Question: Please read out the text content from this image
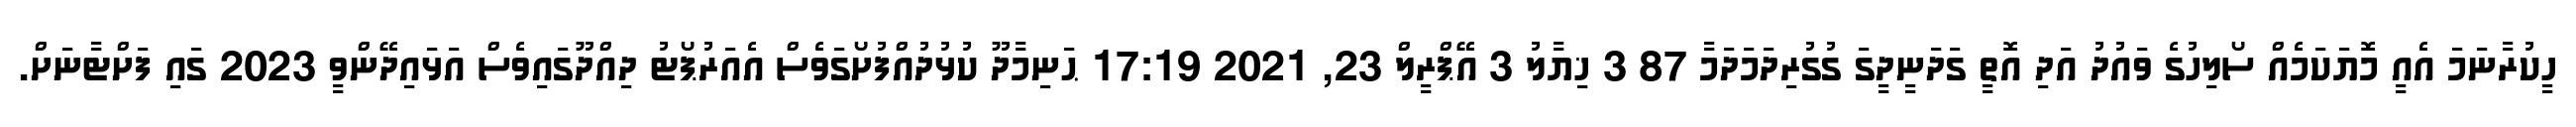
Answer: ހީކުރާނަމަ އެއީ މޮޔަކަމެއް ސޯލިހުގެ ވައުދު އަދި އޮތީ ގަދަނީދީގަ ގުގުރިދަމަދަމާ 87 3 ޚިޔާލު 3 އޭޕްރީލް 23, 2021 17:19 ޙަނިމާދޫ ކުޅުދުއްފުށޯގަވެސް އެއަރުޕޯޓު ދިއްދޫގައިވެސް އަޅައިދޭންވީ 2023 ގައި ފަށްޓާނަށް.